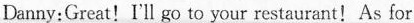
Danny:Great! I'll go to your restaurant!As for